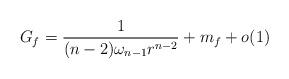
LaTeX: \begin{align*} G_f = \frac{1}{(n-2)\omega_{n-1} r^{n-2}} + m_f + o(1)\end{align*}